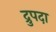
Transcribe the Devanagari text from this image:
द्रुपदा